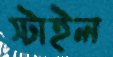
স্টাইল